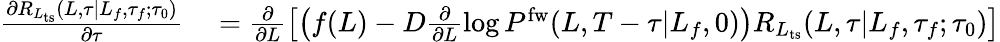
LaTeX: \begin{array}{rl}{\frac{\partial R_{L_{\mathrm{ts}}}(L,\tau|L_{f},\tau_{f};\tau_{0})}{\partial\tau}}&{{}=\frac{\partial}{\partial L}\left[\left(f(L)-D\frac{\partial}{\partial L}\log P^{\mathrm{fw}}(L,T-\tau|L_{f},0)\right)R_{L_{\mathrm{ts}}}(L,\tau|L_{f},\tau_{f};\tau_{0})\right]}\end{array}